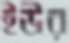
ইউর